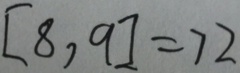
[ 8 , 9 ] = 7 2